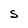
Character: S